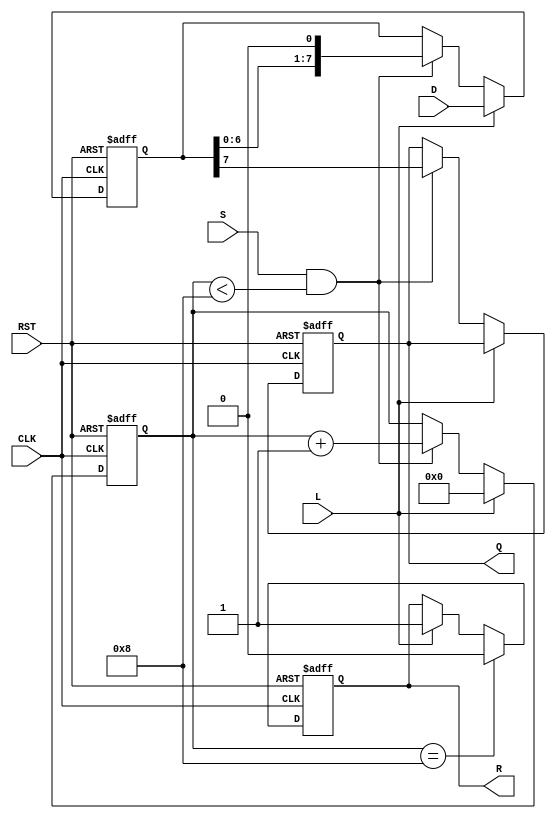
module PISO_Register (
    input wire [7:0] D,         // 8-bit data input
    input wire L,               // Load control signal
    input wire S,               // Shift control signal
    input wire CLK,             // Clock signal
    input wire RST,             // Reset signal
    output reg Q,               // Serial output
    output reg R                // Ready signal
);
    
    reg [7:0] SR;               // Shift register
    reg [3:0] CNT;              // Bit counter (4 bits can count up to 16)

    always @(posedge CLK or posedge RST) begin
        if (RST) begin
            SR <= 8'b0;         // Clear shift register
            CNT <= 4'b0;       // Reset counter
            Q <= 1'b0;         // Reset serial output
            R <= 1'b0;         // Reset ready signal
        end else begin
            if (L) begin
                SR <= D;        // Load data into shift register
                CNT <= 4'b0;    // Reset counter
                R <= 1'b1;      // Indicate ready for shift
            end else if (S && (CNT < 8)) begin
                Q <= SR[7];     // Output MSB to Q
                SR <= {SR[6:0], 1'b0}; // Shift right
                CNT <= CNT + 1; // Increment counter
            end
            
            if (CNT == 8) begin
                R <= 1'b0;      // Not ready after shifting all bits
            end
        end
    end

endmodule